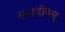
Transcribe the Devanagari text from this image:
स्पादीक्स्